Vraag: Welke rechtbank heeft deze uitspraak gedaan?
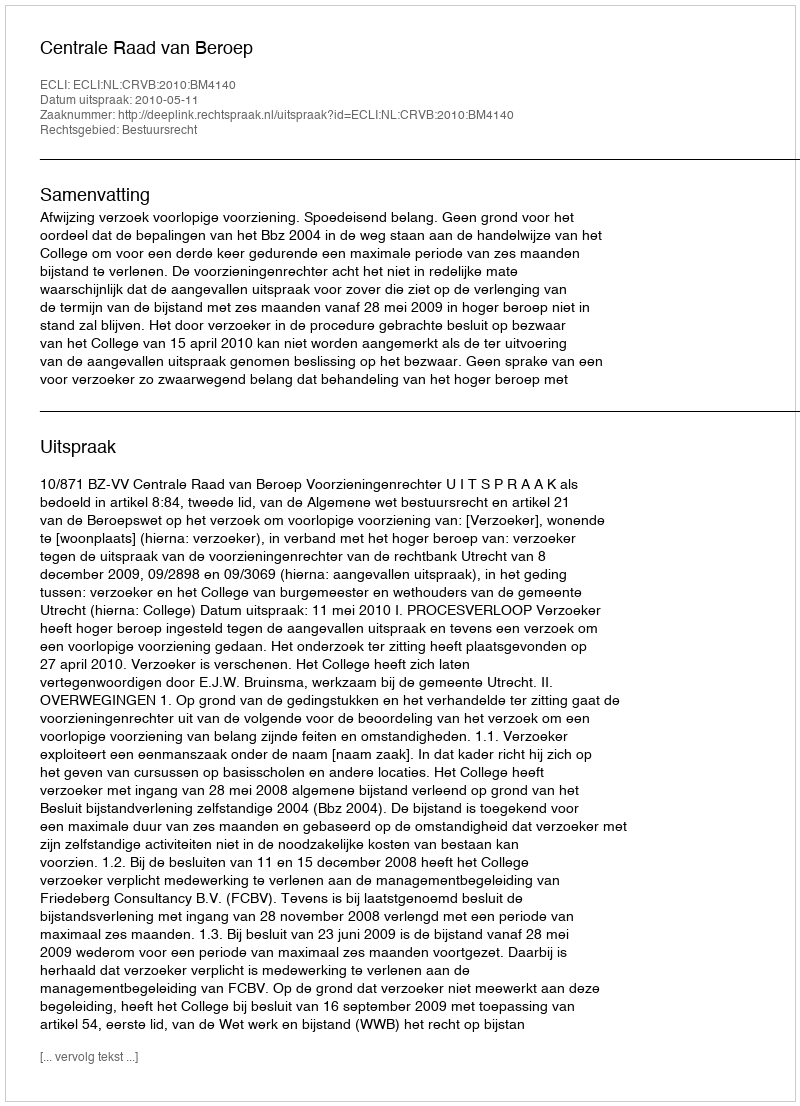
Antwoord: Centrale Raad van Beroep